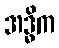
အဒ္ဓိက